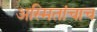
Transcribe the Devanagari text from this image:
अस्मितांचाच